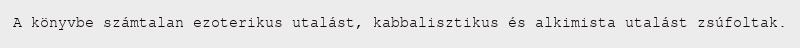
A könyvbe számtalan ezoterikus utalást, kabbalisztikus és alkimista utalást zsúfoltak.